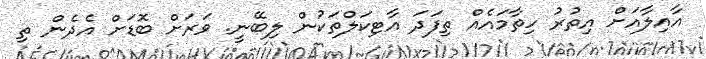
އާއިލާއަށް އިތުރު ހިތާމައެއް ތިފަދަ އާޓިކަލްތަކުން ލިބޭނީ. ވަރަށް ބޮޑަށް އެދެން ތި